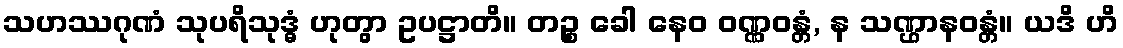
သဟဿဂုဏံ သုပရိသုဒ္ဓံ ဟုတွာ ဥပဋ္ဌာတိ။ တဉ္စ ခေါ နေဝ ဝဏ္ဏဝန္တံ, န သဏ္ဌာနဝန္တံ။ ယဒိ ဟိ